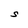
Character: S